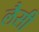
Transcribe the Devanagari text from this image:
लैसी